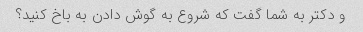
و دکتر به شما گفت که شروع به گوش دادن به باخ کنید؟